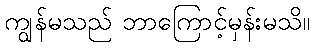
ကျွန်မသည် ဘာကြောင့်မှန်းမသိ။